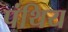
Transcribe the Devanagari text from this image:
पंथिय